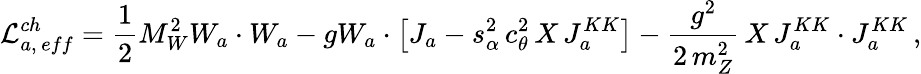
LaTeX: \mathcal{L}_{a,\, eff}^{ch}=\frac{1}{2}M_{W}^{2}W_{a}\cdot W_{a}-gW_{a}\cdot\left[J_{a}-s_{\alpha}^{2}\, c_{\theta}^{2}\, X\, J_{a}^{KK}\right]-\frac{g^{2}}{2\, m_{Z}^{2}}\, X\, J_{a}^{KK}\cdot J_{a}^{KK}\, ,